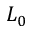
L _ { 0 }